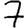
Digit: 7